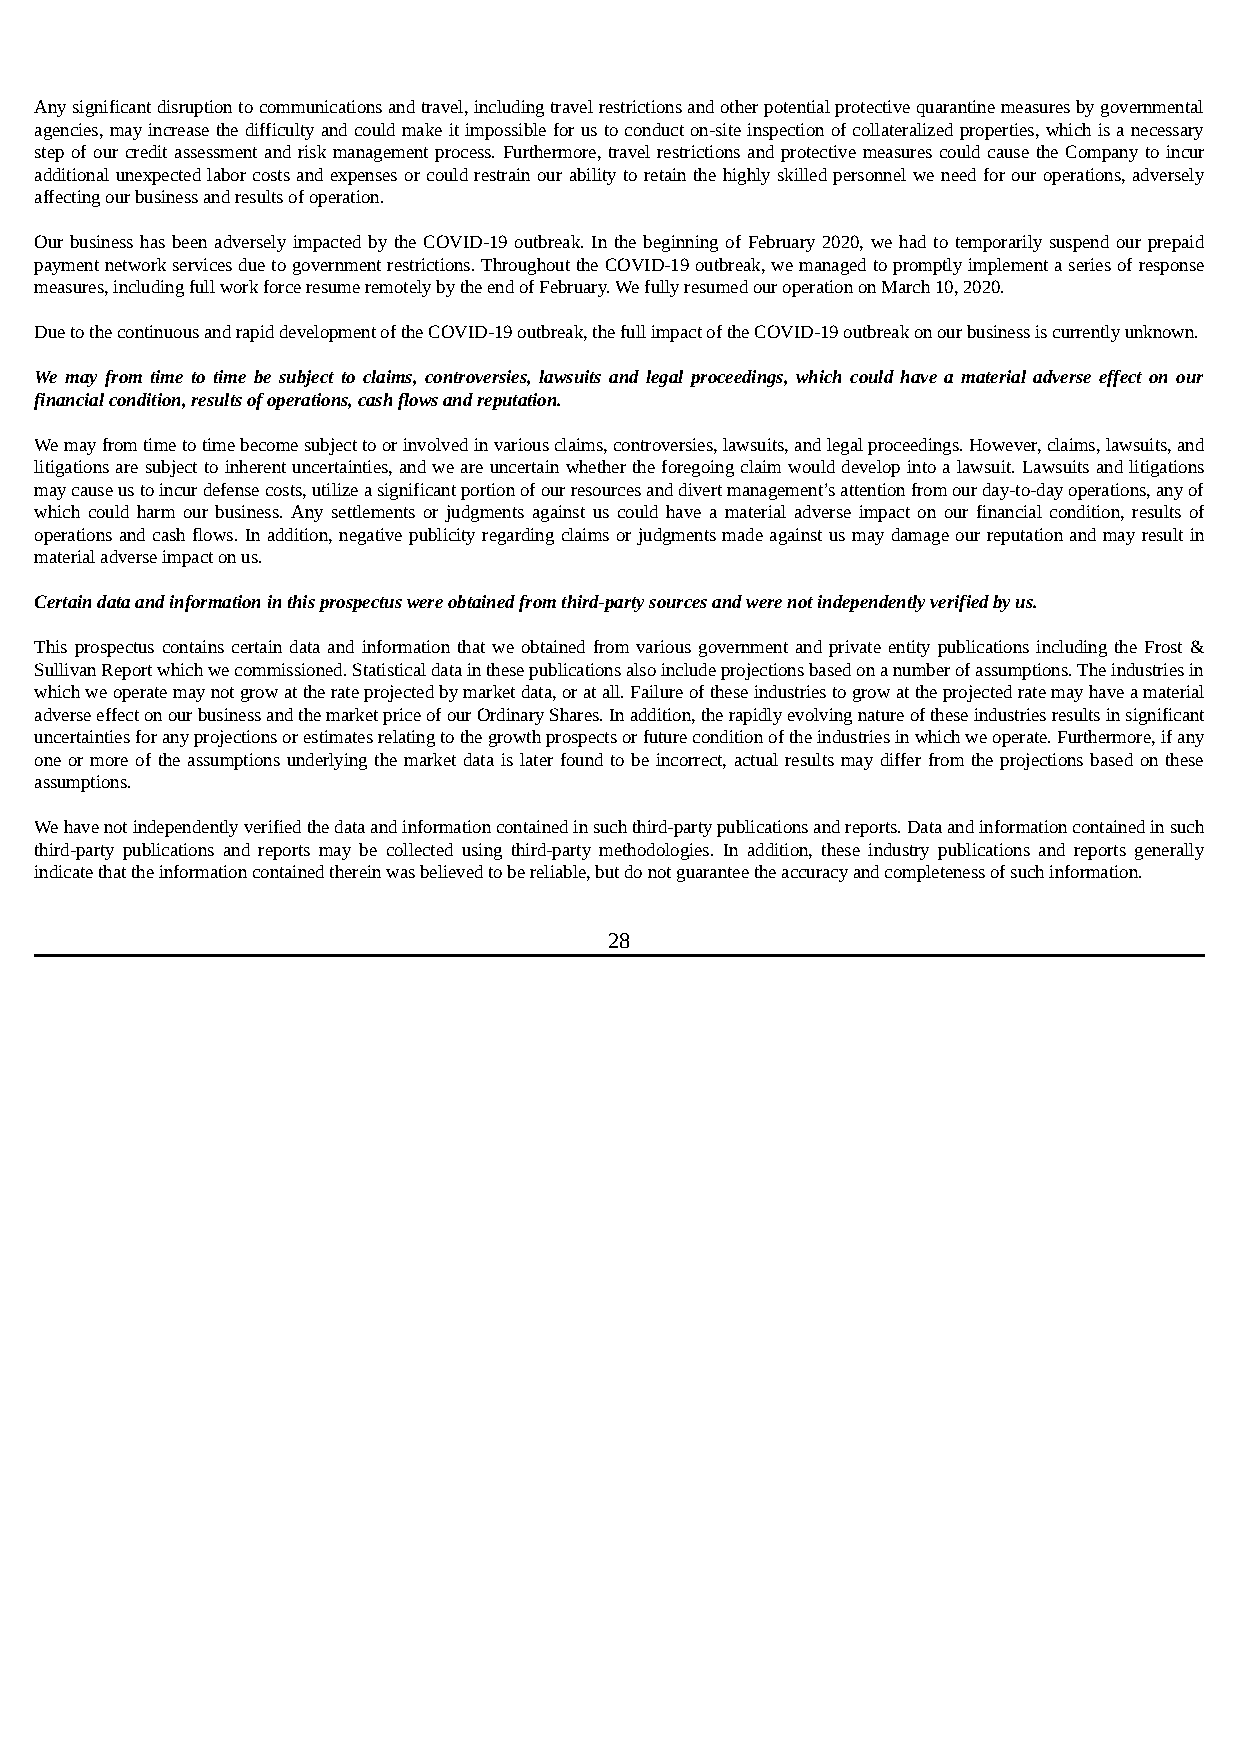
Any significant disruption to communications and travel, including travel restrictions and other potential protective quarantine measures by governmental
 agencies, may increase the difficulty and could make it impossible for us to conduct on-site inspection of collateralized properties, which is a necessary
 step of our credit assessment and risk management process. Furthermore, travel restrictions and protective measures could cause the Company to incur
 additional unexpected labor costs and expenses or could restrain our ability to retain the highly skilled personnel we need for our operations, adversely
 affecting our business and results of operation.
 Our business has been adversely impacted by the COVID-19 outbreak. In the beginning of February 2020, we had to temporarily suspend our prepaid
 payment network services due to government restrictions. Throughout the COVID-19 outbreak, we managed to promptly implement a series of response
 measures, including full work force resume remotely by the end of February. We fully resumed our operation on March 10, 2020.
 Due to the continuous and rapid development of the COVID-19 outbreak, the full impact of the COVID-19 outbreak on our business is currently unknown.
 We may from time to time be subject to claims, controversies, lawsuits and legal proceedings, which could have a material adverse effect on our
 financial condition, results of operations, cash flows and reputation.
 We may from time to time become subject to or involved in various claims, controversies, lawsuits, and legal proceedings. However, claims, lawsuits, and
 litigations are subject to inherent uncertainties, and we are uncertain whether the foregoing claim would develop into a lawsuit. Lawsuits and litigations
 may cause us to incur defense costs, utilize a significant portion of our resources and divert management’s attention from our day-to-day operations, any of
 which could harm our business. Any settlements or judgments against us could have a material adverse impact on our financial condition, results of
 operations and cash flows. In addition, negative publicity regarding claims or judgments made against us may damage our reputation and may result in
 material adverse impact on us.
 Certain data and information in this prospectus were obtained from third-party sources and were not independently verified by us.
 This prospectus contains certain data and information that we obtained from various government and private entity publications including the Frost &
 Sullivan Report which we commissioned. Statistical data in these publications also include projections based on a number of assumptions. The industries in
 which we operate may not grow at the rate projected by market data, or at all. Failure of these industries to grow at the projected rate may have a material
 adverse effect on our business and the market price of our Ordinary Shares. In addition, the rapidly evolving nature of these industries results in significant
 uncertainties for any projections or estimates relating to the growth prospects or future condition of the industries in which we operate. Furthermore, if any
 one or more of the assumptions underlying the market data is later found to be incorrect, actual results may differ from the projections based on these
 assumptions.
 We have not independently verified the data and information contained in such third-party publications and reports. Data and information contained in such
 third-party publications and reports may be collected using third-party methodologies. In addition, these industry publications and reports generally
 indicate that the information contained therein was believed to be reliable, but do not guarantee the accuracy and completeness of such information.
 28